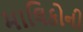
માલિકોની